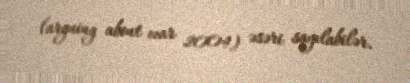
(arguing about war 2004) əsəri sayılabilər.